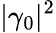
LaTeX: |\gamma_{0}|^{2}